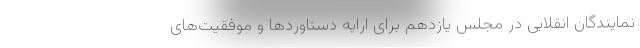
نمایندگان انقلابی در مجلس یازدهم برای ارایه دستاوردها و موفقیت‌های